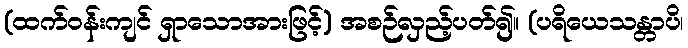
(ထက်ဝန်းကျင် ရှာသောအားဖြင့်) အစဉ်လှည့်ပတ်၍။ (ပရိယေသန္တာပိ၊